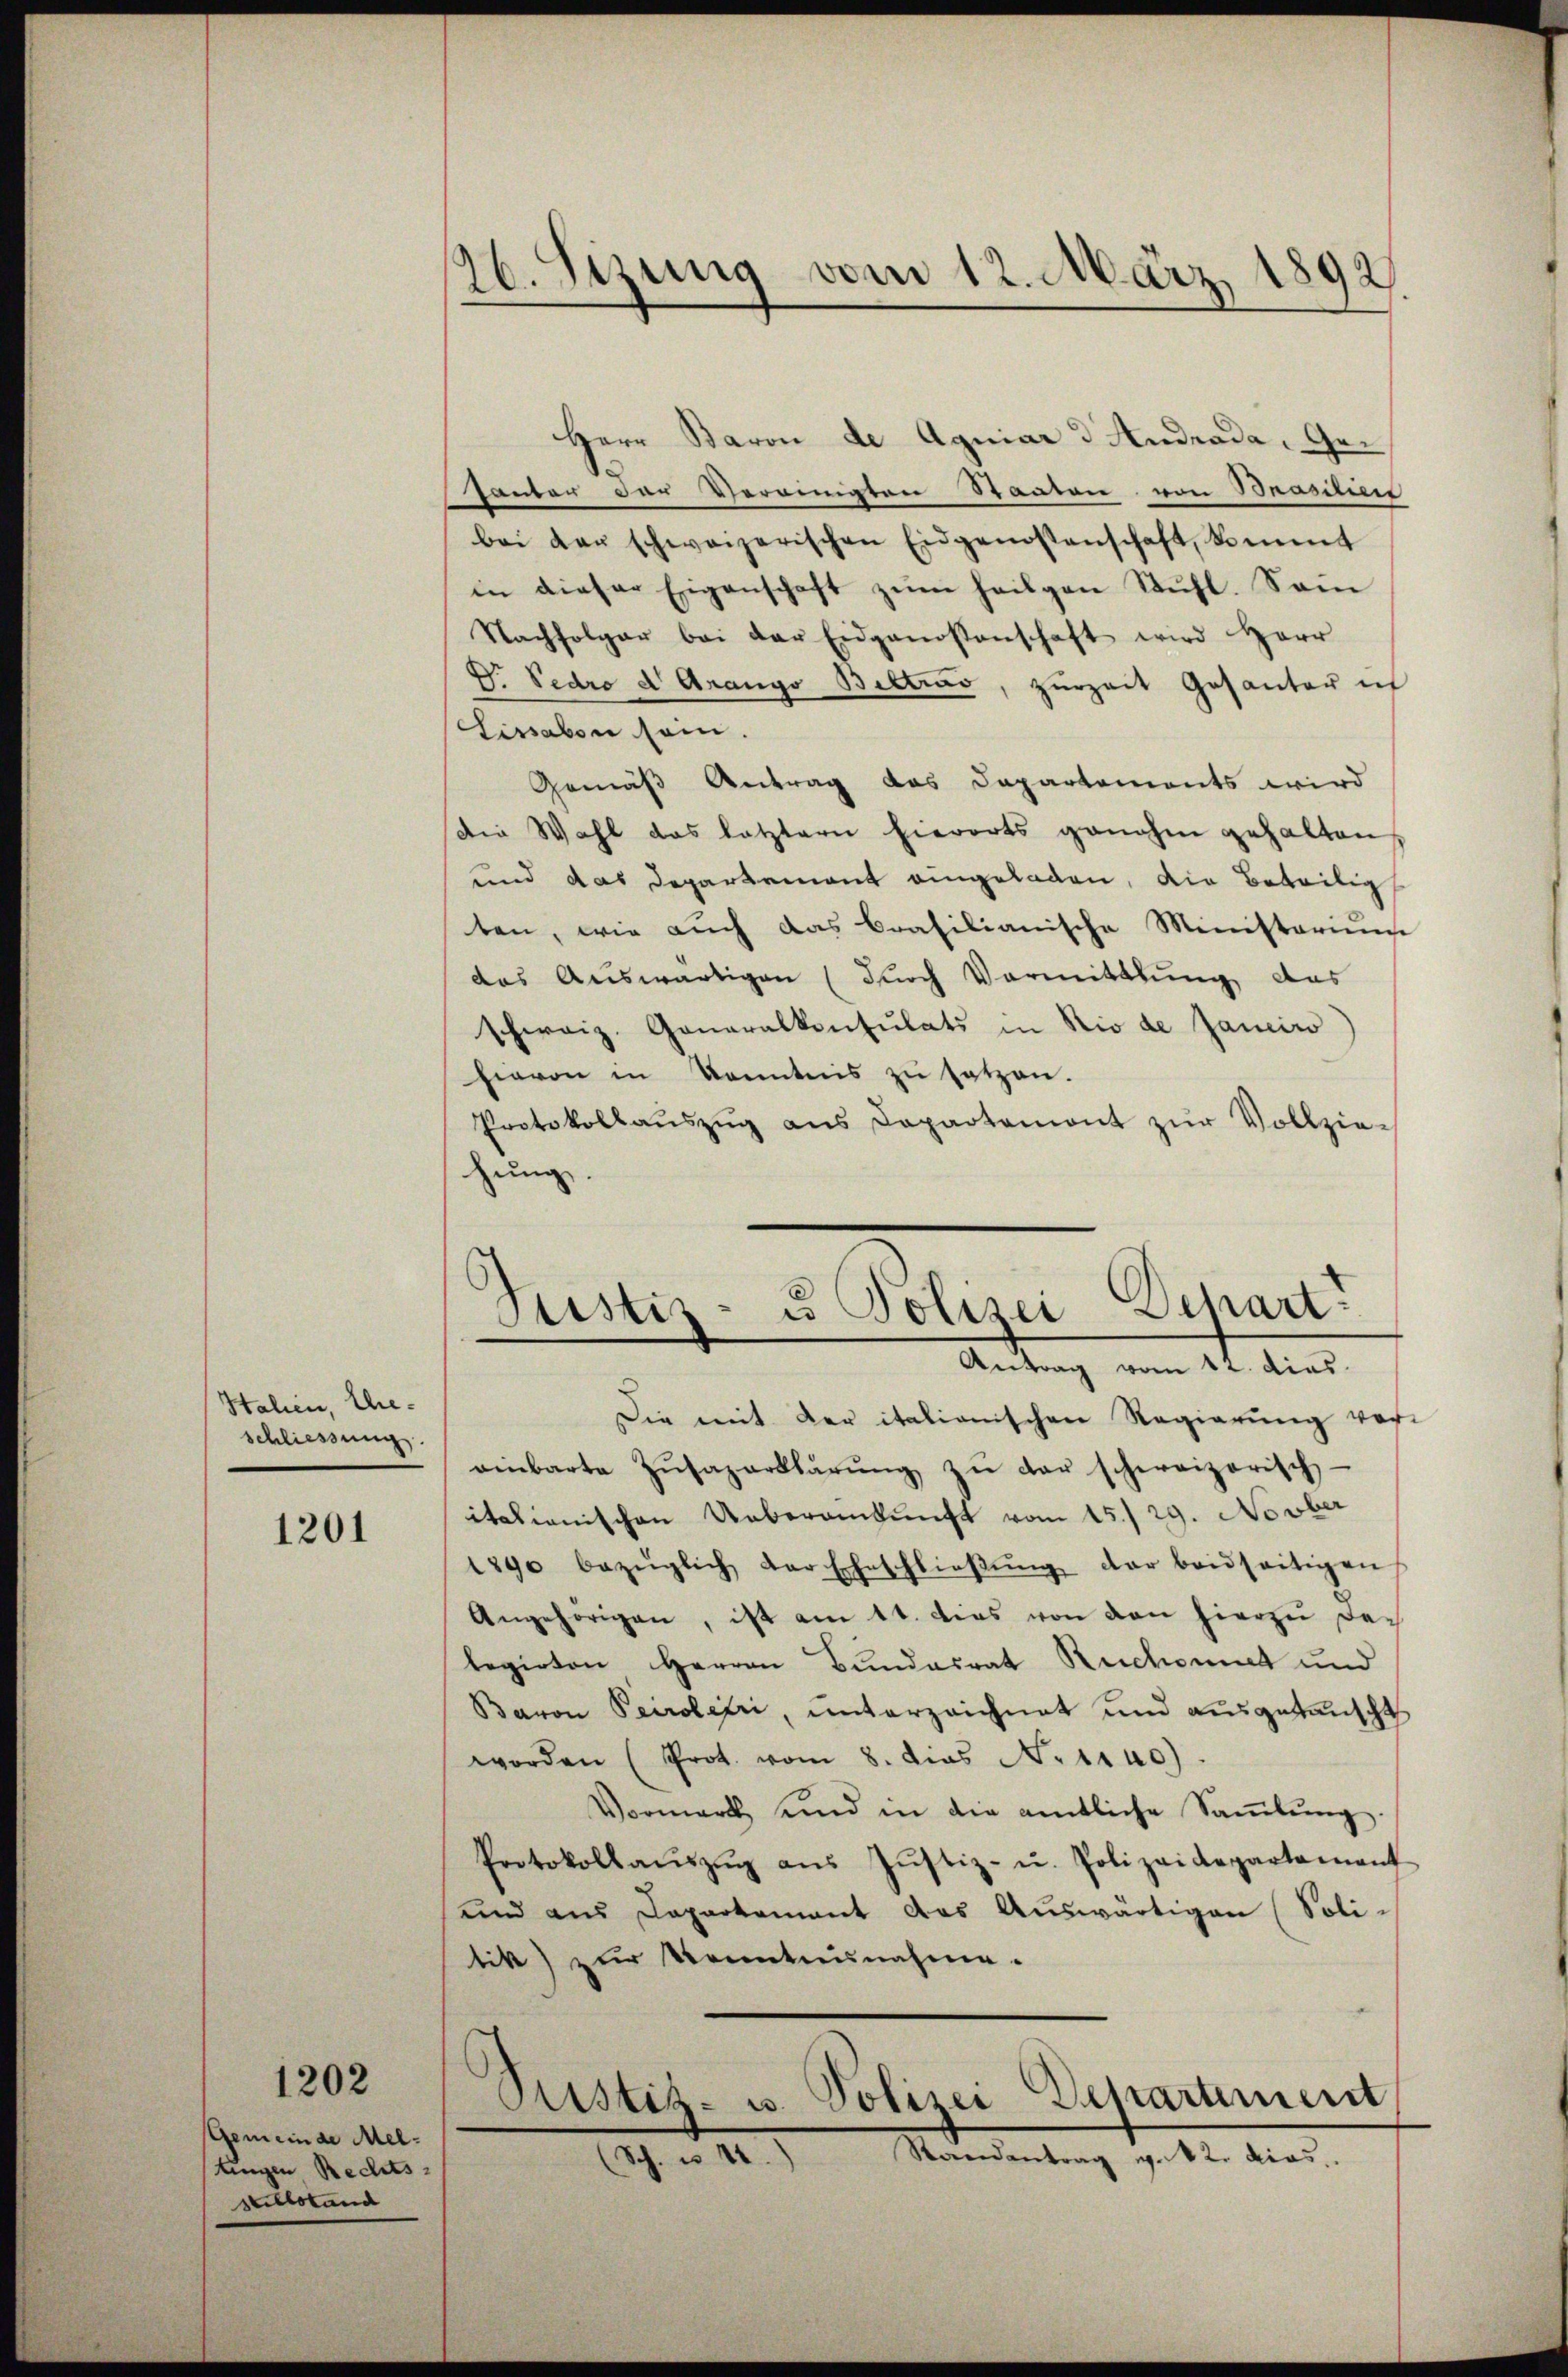
Stahen, Ehe-
schliessung.

1201

1202

Gemeinde Meltungen Rechts-
stillstand

26. Sizung vom 12. März 1892

Herr Baron de Aquiar & Andrada, Ge¬
¬
anton der Vereinigten Staaten von Brasilen
bei der schweizerischen Eidgenossenschaft, kommt
in dieser Eigenschaft zŭm heilgen Stuhl. Sein
Nachfolger bei der Eidgenossenschaft wird Herr
Dr. Pedro d. Grango Biltrav, zurzeit Gesanter ic
Lissabon sein.
Gemäß Antrag das Departements wird
Die Wahl das letztern hierorts genahen gehalten,
und das Departement eingeladen, die Beteilig
ten, wie auch das brasilianische Ministerium
das Auswärtigen (durch Vormittlung das
schweiz. Generalkonsulats in Rio de Janeiro
hievon in Kenntnis zŭ setzen.
Protokollauszug aus Dapartemont zur Vollziehung.

Die mit der italionischen Regierung vor-
einbarte Zŭsazerklärŭng zŭ der schweizerisch-
itationischen Ueberankunft vom 15./29. Novber
1890 bezüglich der Eheschlieβŭng der beidseitigen
Angehörigen, ist am 11. dies von den hierzu delegirten Herren Bundesrat Ruchomit und
Baron Peroleri, unterzeichnet und ausgetanscht
worden (Prot. vom 8. dies N. 1140).
Vormerk und in die amtliche Saṁlŭng.
Protokollaŭszŭg aŭs Jŭstiz- u. Polizeidepartament
und aus Capartement das Auswärtigen (Soli-
tik) zur Kenntnunahme.
Ristiz- u. Polizei Deparument

Sistiz- u Polizei Separt.
e
Antrag vom 12. dies

Randantrag v. 12. dies
Sch. 1